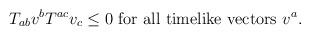
LaTeX: \begin{align*}T_{ab} v^b T^{ac} v_c \leq 0 \mbox{~for all timelike vectors~} v^a.\end{align*}